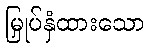
မြှုပ်နှံထားသော